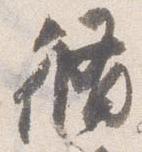
脩